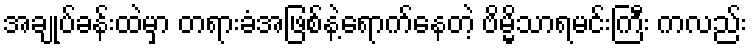
အချုပ်ခန်းထဲမှာ တရားခံအဖြစ်နဲ့ရောက်နေတဲ့ ဗိမ္မိသာရမင်းကြီး ကလည်း